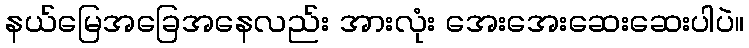
နယ်မြေအခြေအနေလည်း အားလုံး အေးအေးဆေးဆေးပါပဲ။